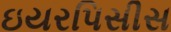
ઇયરપિસીસ